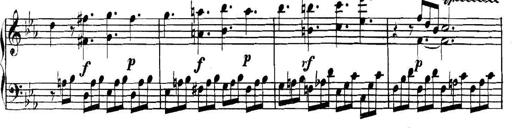
Title: Collected Piano Sonatas
Composer: Muzio Clementi